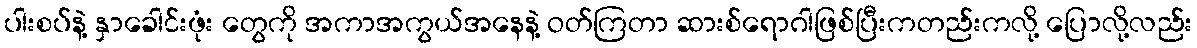
ပါးစပ်နဲ့ နှာခေါင်းဖုံး တွေကို အကာအကွယ်အနေနဲ့ ဝတ်ကြတာ ဆားစ်ရောဂါဖြစ်ပြီးကတည်းကလို့ ပြောလို့လည်း